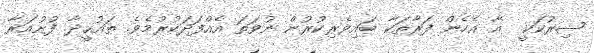
ޝިރުކަކީ  އާ އެހެން ފަރާތަކާ ބައިވެރިކުރުން ނުވަތަ އެއްފަދަކުރުމެވެ. ތައުޙީދާ ފުށުއަރާ